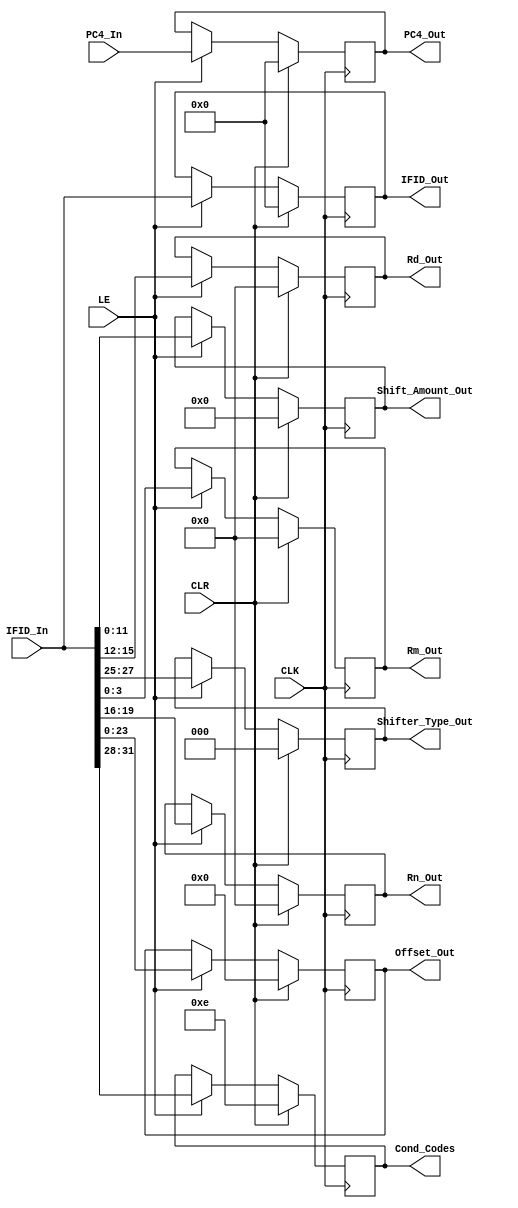
module IFID_Register (
    output reg [31:0] IFID_Out,
    output reg [31:0] PC4_Out,
    output reg [23:0] Offset_Out,
    output reg [3:0] Rn_Out,
    output reg [3:0] Rm_Out,
    output reg [3:0] Rd_Out,        
    output reg [11:0] Shift_Amount_Out,
    output reg [3:0] Cond_Codes,
    output reg [2:0] Shifter_Type_Out,
    input [31:0] IFID_In,
    input [31:0] PC4_In,
    input LE,
    input CLK,
    input CLR
    );


    always@ (posedge CLK) begin
        if(CLR) begin
            IFID_Out <= 32'b00000000000000000000000000000000;
            PC4_Out <= 32'b00000000000000000000000000000000;
            Offset_Out <= 24'b000000000000000000000000;
            Rn_Out <= 4'b0000;
            Rm_Out <= 4'b0000;
            Rd_Out <= 4'b0000;
            Shift_Amount_Out <= 12'b000000000000;
            Cond_Codes <= 4'b1110;
            Shifter_Type_Out <= 3'b000; 
        end else if(LE) begin
            IFID_Out <= IFID_In;
            PC4_Out <= PC4_In;
            Offset_Out <= IFID_In[23:0];
            Rn_Out <= IFID_In[19:16];
            Rm_Out <= IFID_In[3:0];
            Rd_Out <= IFID_In[15:12];
            Shift_Amount_Out <= IFID_In[11:0];
            Cond_Codes <= IFID_In[31:28];
            Shifter_Type_Out <= IFID_In[27:25]; 
        end
    end
endmodule